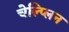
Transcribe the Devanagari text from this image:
चेल्प्लिन